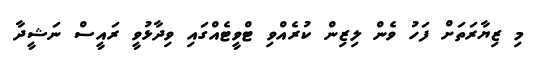
މި ޒިޔާރަތަށް ފަހު ވެން ލިޒިން ކުރެއްވި ޓްވީޓެއްގައި ވިދާޅުވީ ރައީސް ނަޝީދާ